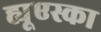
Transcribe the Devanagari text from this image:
ह्यूएस्का